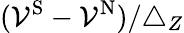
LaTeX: (\mathcal{V}^{\mathrm{{S}}}-\mathcal{V}^{\mathrm{{N}}})/{\triangle_{Z}}